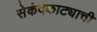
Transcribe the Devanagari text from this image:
सेकंदकाट्याची